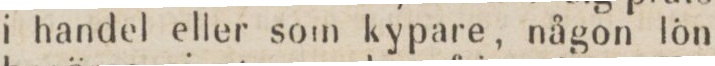
i handel eller som kypare, någon lön